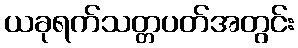
ယခုရက်သတ္တပတ်အတွင်း